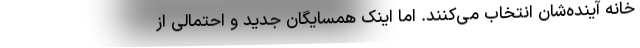
خانه آینده‌شان انتخاب می‌کنند. اما اینک همسایگان جدید و احتمالی از